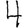
Digit: 4